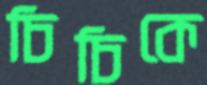
চিচিকে